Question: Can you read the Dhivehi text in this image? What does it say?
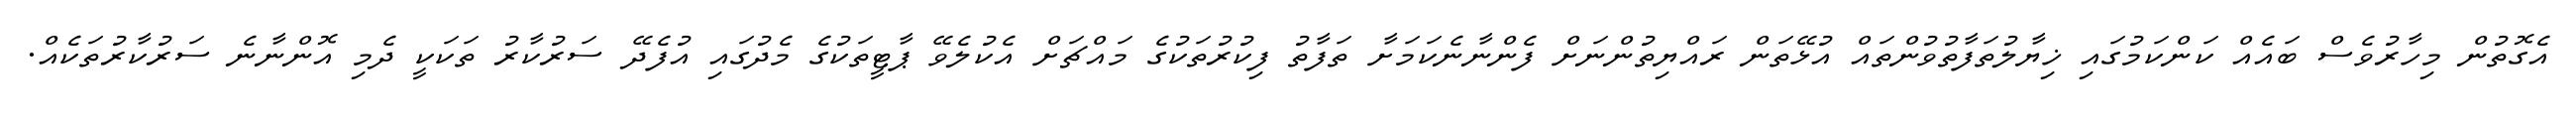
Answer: އެގޮތުން މިހާރުވެސް ބައެއް ކަންކަމުގައި ޚިޔާލުތަފާތުވުންތައް އުޅޭތަން ރައްޔިތުންނަށް ފެންނާނެކަމަށާ ތަފާތު ފިކުރުތަކުގެ މައްޗަށް އެކުލެވޭ ޕާޓީތަކުގެ މެދުގައި އުފެދޭ ސަރުކާރު ތަކަކީ ދެމި އޮންނާނެ ސަރުކާރުތަކެއް.